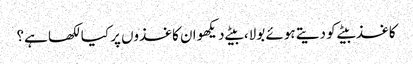
کاغذ بیٹے کو دیتے ہوئے بولا، بیٹے دیکھو ان کاغذوں پر کیا لکھا ہے؟